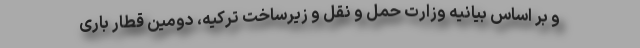
و بر اساس بیانیه وزارت حمل و نقل و زیرساخت ترکیه، دومین قطار باری